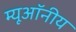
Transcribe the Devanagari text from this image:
म्यूऑनीय